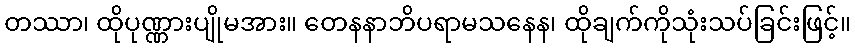
တဿာ၊ ထိုပုဏ္ဏားပျိုမအား။ တေနနာဘိပရာမသနေန၊ ထိုချက်ကိုသုံးသပ်ခြင်းဖြင့်။